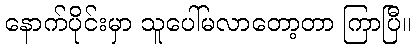
နောက်ပိုင်းမှာ သူပေါ်မလာတော့တာ ကြာပြီ။